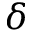
\delta